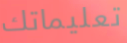
تعليماتك